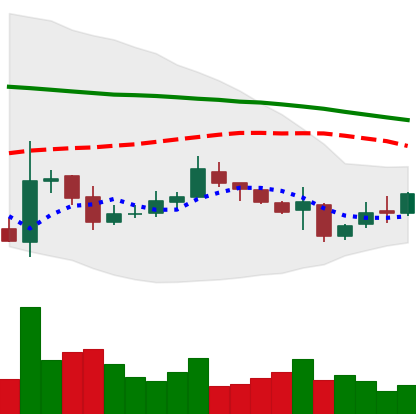
Ticker: XMR-USD
Chart end date: 2018-11-02
Forward return: 5.42%
Label: up_5_7